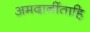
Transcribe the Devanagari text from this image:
अमदानींताहि